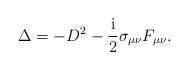
\begin{align*}\Delta =-D^2-\frac{{\rm i}}2\sigma _{\mu \nu }F_{\mu \nu }.\end{align*}